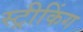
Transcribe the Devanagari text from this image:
स्ट्रीकिंग